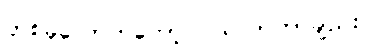
တစ်ခုလောက်တော့ ဝယ်လာတာချည်းပဲ။